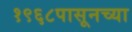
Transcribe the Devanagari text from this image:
१९६८पासूनच्या